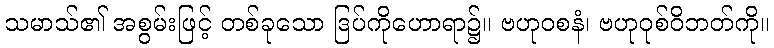
သမာသ်၏ အစွမ်းဖြင့် တစ်ခုသော ဒြပ်ကိုဟောရာ၌။ ဗဟုဝစနံ၊ ဗဟုဝုစ်ဝိဘတ်ကို။